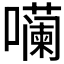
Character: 𪢠